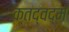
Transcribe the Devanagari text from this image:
क्तद्वद्म